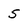
Character: 5